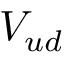
V _ { u d }